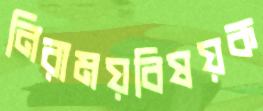
নিরাময়বিষয়ক